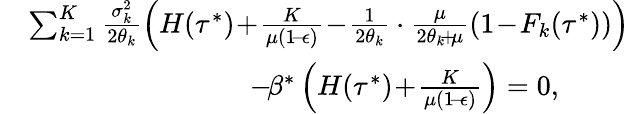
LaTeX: \begin{array}{rl}&{\sum_{k=1}^{K}\frac{\sigma_{k}^{2}}{2\theta_{k}}\left(H(\tau^{*})\! +\! \frac{K}{\mu(1\! -\! \epsilon)}\! -\! \frac{1}{2\theta_{k}}\cdot\frac{\mu}{2\theta_{k}\! +\! \mu}(1\! -\! F_{k}(\tau^{*}))\right)}\\ &{\qquad\qquad\qquad\qquad\! -\! \beta^{*}\left(H(\tau^{*})\! +\! \frac{K}{\mu(1\! -\! \epsilon)}\right)=0,}\end{array}